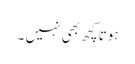
ہوتا کچھ بھی نہیں ۔